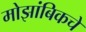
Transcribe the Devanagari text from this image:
मोझांबिकचे